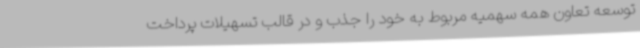
توسعه تعاون همه سهمیه مربوط به خود را جذب و در قالب تسهیلات پرداخت